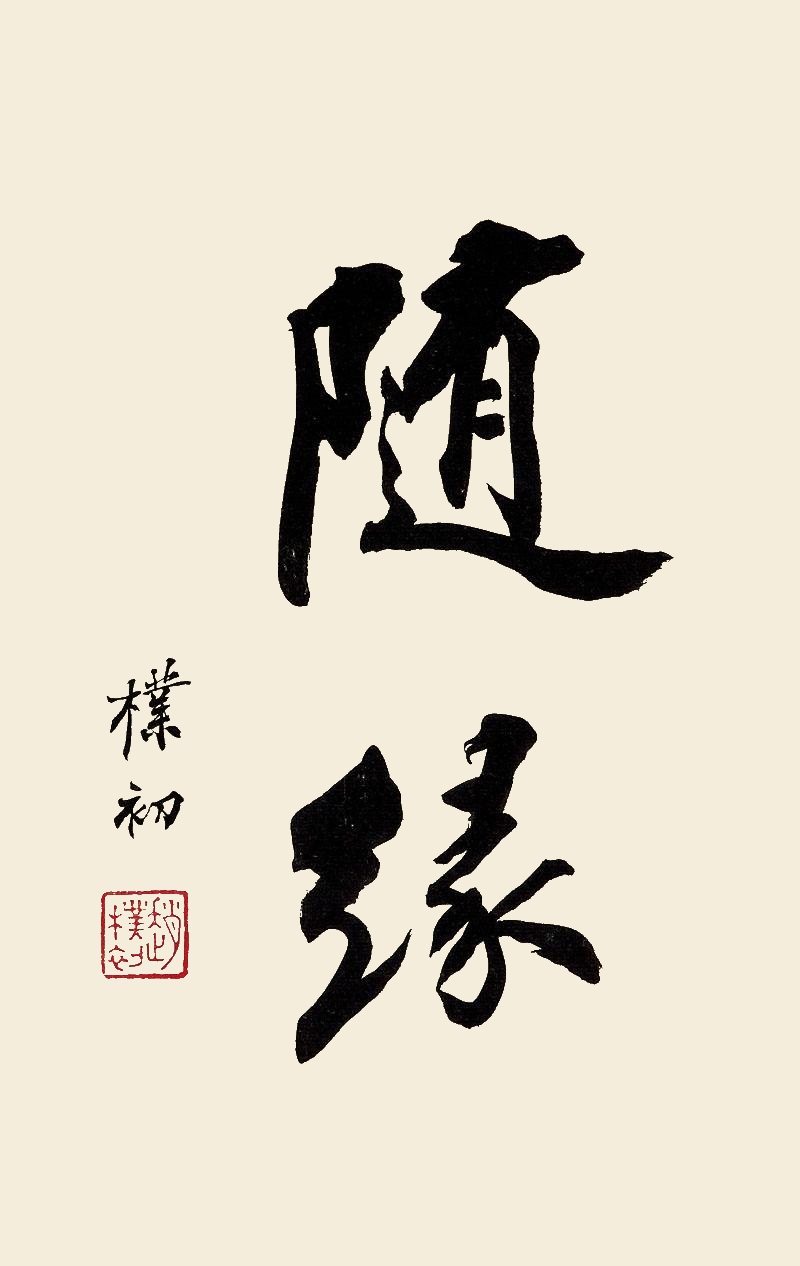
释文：随缘朴初